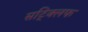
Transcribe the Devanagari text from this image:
सट्क्लिफ